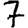
Digit: 7